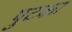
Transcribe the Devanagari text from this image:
पुटका